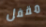
مقفل